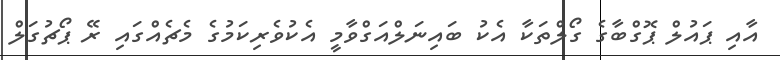
އާއި ޕައުލް ޕޮގްބާގެ ގޯލްތަކާ އެކު ބައިނަލްއަގްވާމީ އެކުވެރިކަމުގެ މެޗެއްގައި ރޭ ޕޯޗުގަލް